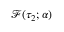
\mathcal { F } ( \tau _ { 2 } ; \boldsymbol { \alpha } )